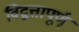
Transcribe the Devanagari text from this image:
विद्वत्तापूर्ण्‌